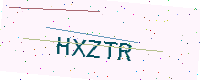
Text: HXZTR